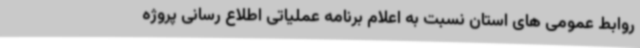
روابط عمومی های استان نسبت به اعلام برنامه عملیاتی اطلاع رسانی پروژه